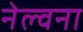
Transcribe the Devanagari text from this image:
नेल्वना